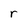
Character: r